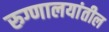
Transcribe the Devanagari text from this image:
रुग्णालयांतील